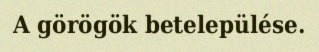
A görögök betelepülése.